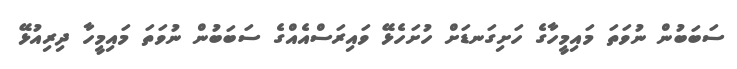
ސަބަބުން ނުވަތަ މައިމީހާގެ ހަށިގަނޑަށް ހުށަހެޅޭ ވައިރަސްއެއްގެ ސަބަބުން ނުވަތަ މައިމީހާ ދިރިއުޅޭ